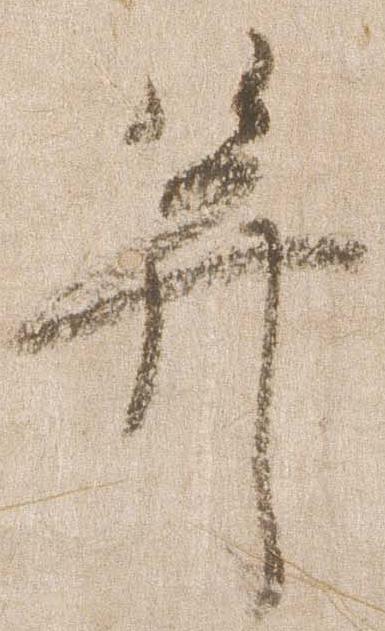
并